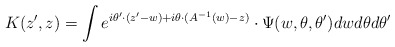
\begin{align*}K(z',z)= \int e^{i\theta'\cdot (z'-w)+i\theta \cdot (A^{-1}(w)-z)}\cdot \Psi(w,\theta, \theta') dw d\theta d\theta'\end{align*}